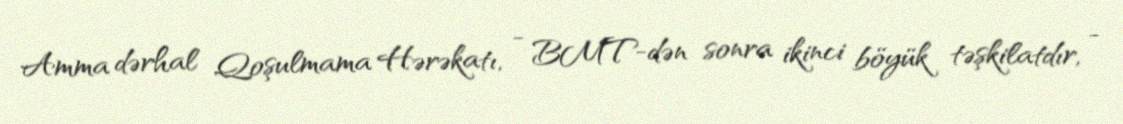
Amma dərhal Qoşulmama Hərəkatı, - BMT-dən sonra ikinci böyük təşkilatdır, -